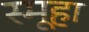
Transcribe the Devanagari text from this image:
स्मूहा